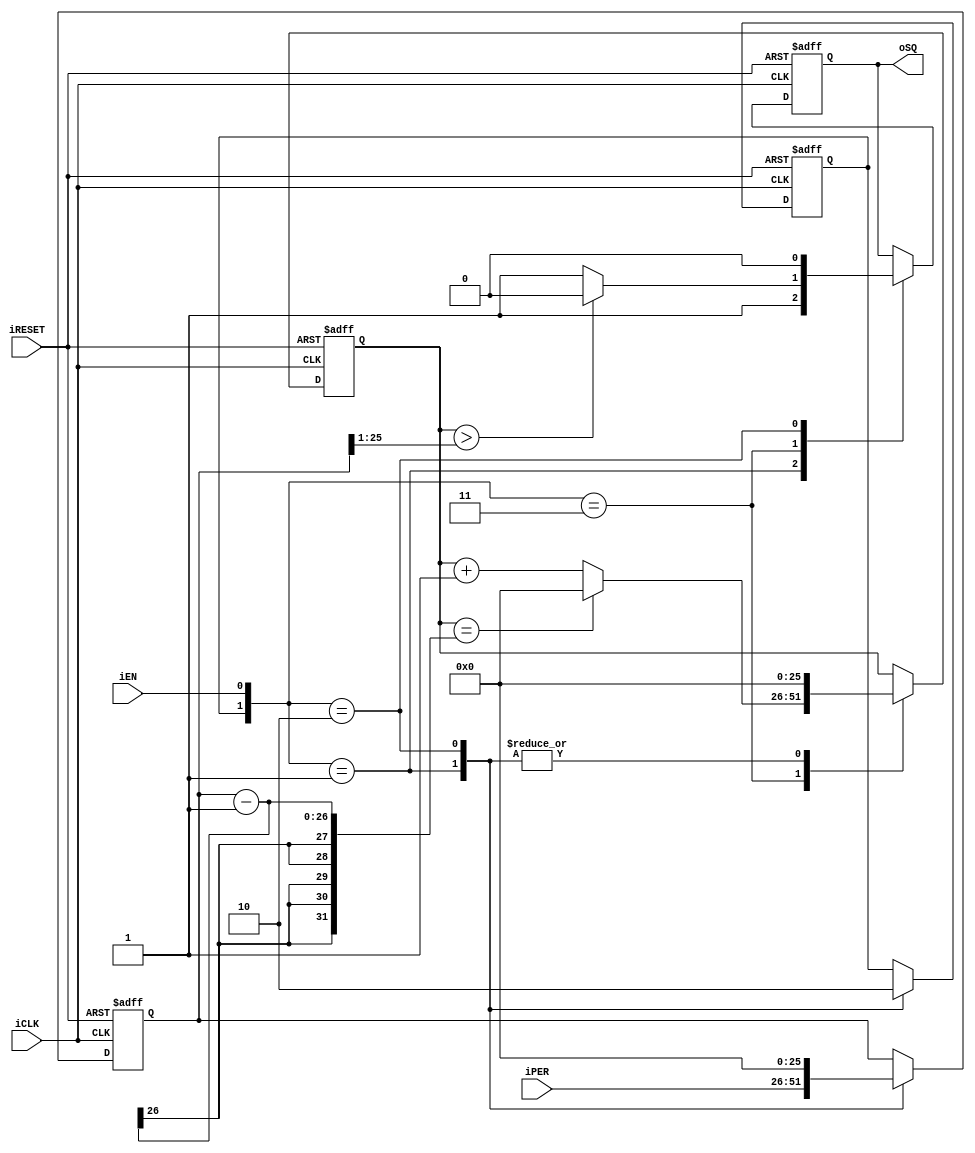
module sq_gen
	#(
		parameter W = 26
	)
	(
		input wire iCLK, iRESET,
		input wire iEN,
		input wire [W-1:0] iPER,
		output reg oSQ
	);

	reg [W-1:0] per, cnt;
	reg running;

	always @(posedge iCLK, posedge iRESET)
		if (iRESET)
			begin
				oSQ <= 0;
				per <= 0;
				cnt <= 0;
				running <= 0;
			end
		else
			case ({running, iEN})
				// 2'b00: do nothing
				2'b01:
					begin
						running <= 1;
						cnt <= 0;
						per <= iPER;
						oSQ <= 1;
					end
				2'b11:
					begin
						cnt <= (cnt == per - 1) ? 0 : cnt + 1;
						oSQ <= (cnt > (per >> 1)) ? 0 : 1;
					end
				2'b10:
					begin
						running <= 0;
						cnt <= 0;
						per <= 0;
						oSQ <= 0;
					end
			endcase
endmodule